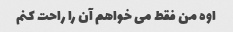
اوه من فقط می خواهم آن را راحت کنم